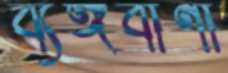
ব্যঙ্গবাণী